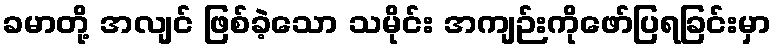
ခမာတို့ အလျင် ဖြစ်ခဲ့သော သမိုင်း အကျဉ်းကိုဖော်ပြရခြင်းမှာ